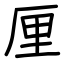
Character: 厘